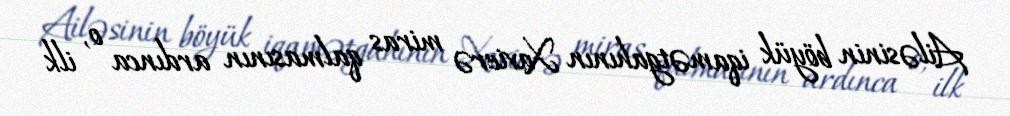
Ailəsinin böyük iqamətgahının Xavierə miras qalmasının ardınca o, ilk